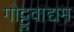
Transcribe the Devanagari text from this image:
गोट्टुवाद्यम